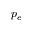
p _ { e }